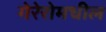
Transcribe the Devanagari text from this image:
गेरेरोमधील